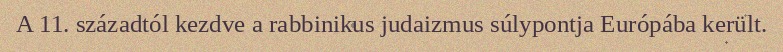
A 11. századtól kezdve a rabbinikus judaizmus súlypontja Európába került.